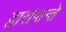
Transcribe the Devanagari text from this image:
द्वारापान्ते